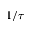
1 / \tau